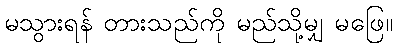
မသွားရန် တားသည်ကို မည်သို့မျှ မဖြေ။